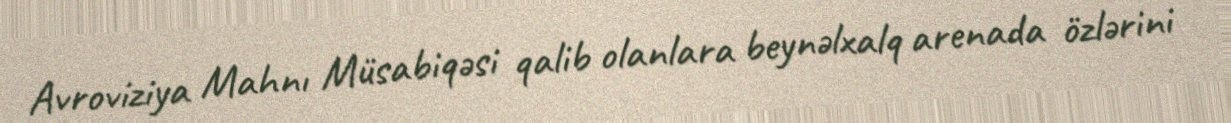
Avroviziya Mahnı Müsabiqəsi qalib olanlara beynəlxalq arenada özlərini